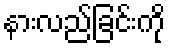
နားလည်ခြင်းကို